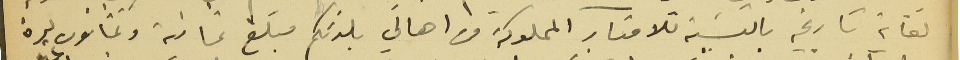
لغاية تاريخه بالنسَبة للامتار المملوكة من اهالي بلدتكم مبلغ ثمانية وثمانون ليرة